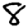
Digit: 8